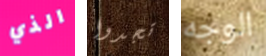
الذي تجدوا الوجه